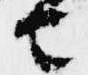
由